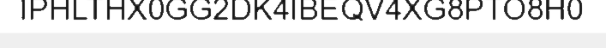
IPHLTHX0GG2DK4IBEQV4XG8PTO8H0